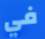
في